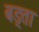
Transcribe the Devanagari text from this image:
बड्ता